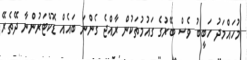
މުހައްމަދު ހަބީބު ވެސް ބޭރުގެ ގައުމުތަކުން ރާއްޖެ ގެންނަ ބައެއް ޑޮކްޓަރުންނާ ދޭތެރޭ